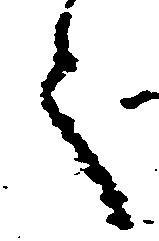
之